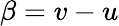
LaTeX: \beta=v-u